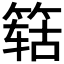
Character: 𬕛